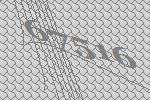
67516